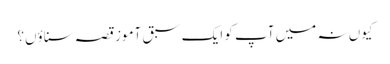
کیوں نہ میں آپ کو ایک سبق آموز قصہ سناؤں؟